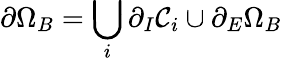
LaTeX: \partial\Omega_{B}=\bigcup_{i}\partial_{I}\mathcal{C}_{i}\cup\partial_{E}\Omega_{B}